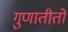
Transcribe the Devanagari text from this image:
गुणातीतो